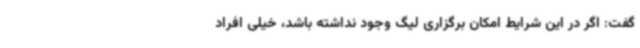
گفت: اگر در این شرایط امکان برگزاری لیگ وجود نداشته باشد، خیلی افراد